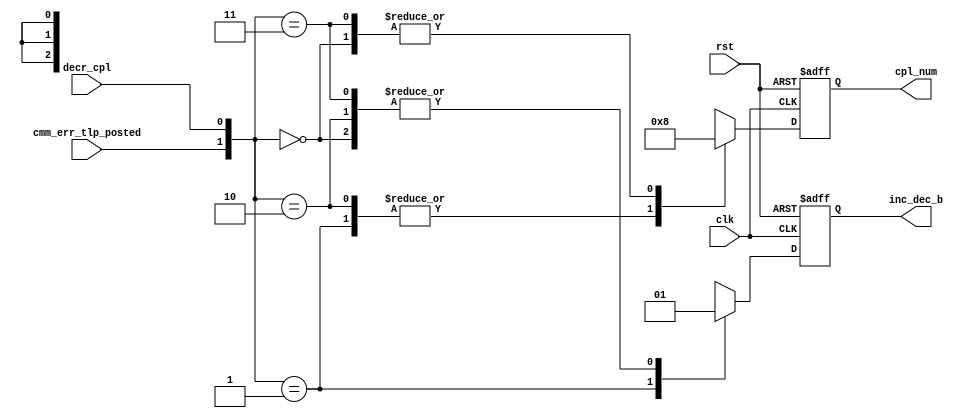
module cmm_errman_cpl (
                cpl_num,               
                inc_dec_b,
                cmm_err_tlp_posted,    
                decr_cpl,
                rst,
                clk
                );
  output  [2:0] cpl_num;
  output        inc_dec_b;             
  input         cmm_err_tlp_posted;
  input         decr_cpl;
  input         rst;
  input         clk;
  parameter FFD       = 1;        
  reg     [2:0] mod_to_incr;
  reg           mod_add_sub_b;
  always @(cmm_err_tlp_posted or decr_cpl)
  begin
    case ({cmm_err_tlp_posted, decr_cpl})   
    2'b00:   begin   mod_to_incr   = 3'b000;
                     mod_add_sub_b = 1'b1;
             end
    2'b01:   begin   mod_to_incr   = 3'b001;
                     mod_add_sub_b = 1'b0;
             end
    2'b10:   begin   mod_to_incr   = 3'b001;
                     mod_add_sub_b = 1'b1;
             end
    2'b11:   begin   mod_to_incr   = 3'b000;
                     mod_add_sub_b = 1'b1;
             end
    default: begin   mod_to_incr   = 3'b000;
                     mod_add_sub_b = 1'b1;
             end
    endcase
  end
  reg     [2:0] reg_cpl_num;
  reg           reg_inc_dec_b;
  always @(posedge clk or posedge rst)
  begin
    if (rst)
    begin
      reg_cpl_num   <= #FFD 3'b000;
      reg_inc_dec_b <= #FFD 1'b0;
    end
    else
    begin
      reg_cpl_num   <= #FFD mod_to_incr;
      reg_inc_dec_b <= #FFD mod_add_sub_b;
    end
  end
  assign cpl_num   = reg_cpl_num;
  assign inc_dec_b = reg_inc_dec_b;
endmodule